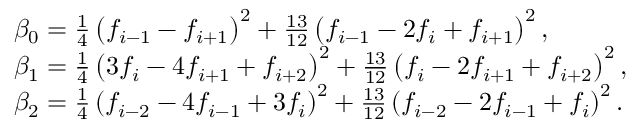
\begin{array} { r l } & { \beta _ { 0 } = \frac { 1 } { 4 } \left( f _ { i - 1 } - f _ { i + 1 } \right) ^ { 2 } + \frac { 1 3 } { 1 2 } \left( f _ { i - 1 } - 2 f _ { i } + f _ { i + 1 } \right) ^ { 2 } , } \\ & { \beta _ { 1 } = \frac { 1 } { 4 } \left( 3 f _ { i } - 4 f _ { i + 1 } + f _ { i + 2 } \right) ^ { 2 } + \frac { 1 3 } { 1 2 } \left( f _ { i } - 2 f _ { i + 1 } + f _ { i + 2 } \right) ^ { 2 } , } \\ & { \beta _ { 2 } = \frac { 1 } { 4 } \left( f _ { i - 2 } - 4 f _ { i - 1 } + 3 f _ { i } \right) ^ { 2 } + \frac { 1 3 } { 1 2 } \left( f _ { i - 2 } - 2 f _ { i - 1 } + f _ { i } \right) ^ { 2 } . } \end{array}